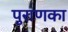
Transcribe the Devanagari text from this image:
पुराणका